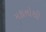
મકાનોથી